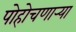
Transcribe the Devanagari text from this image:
पोहोचणार्‍या